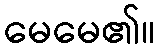
မေမေ၏။